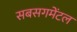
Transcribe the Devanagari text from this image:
सबसगमेंटल